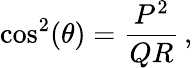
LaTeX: \cos^{2}(\theta)={\frac{P^{2}}{QR}}\, ,